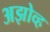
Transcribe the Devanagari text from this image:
अझोव्ह